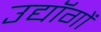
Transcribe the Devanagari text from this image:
उद्यॉगों